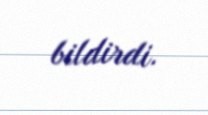
bildirdi.